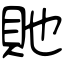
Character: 貤